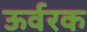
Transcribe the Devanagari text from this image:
ऊर्वरक